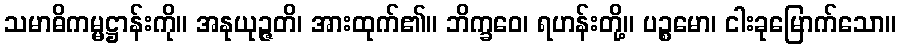
သမာဓိကမ္မဋ္ဌာန်းကို။ အနုယုဉ္ဇတိ၊ အားထုက်၏။ ဘိက္ခဝေ၊ ရဟန်းတို့။ ပဉ္စမော၊ ငါးခုမြောက်သော။